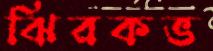
ঝিরকভ